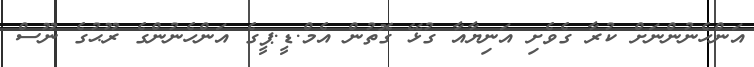
އަންހެނުންނަށް ކުރާ ގެވެށި އަނިޔާއާ ގުޅޭ ގޮތުން އެމް.ޑީ.ޕީގެ އަންހެނުންގެ ރޫޙުގެ ނޫސް